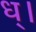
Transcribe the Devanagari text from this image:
ध्।